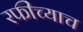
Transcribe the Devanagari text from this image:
रफींच्याच